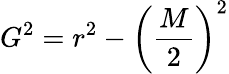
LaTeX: {}G^{2}=r^{2}-\left({\frac{M}{2}}\right)^{2}